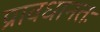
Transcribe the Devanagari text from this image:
प्रावधानतः